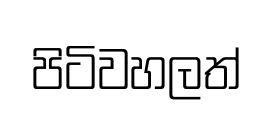
පිටිවහලත්